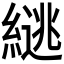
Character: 𫃹